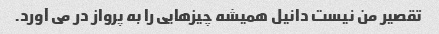
تقصیر من نیست دانیل همیشه چیزهایی را به پرواز در می آورد.